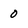
Character: 0